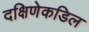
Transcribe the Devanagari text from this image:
दक्षिणेकडिल